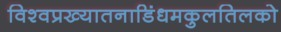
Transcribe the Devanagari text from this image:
विश्वप्रख्यातनाडिंधमकुलतिलको